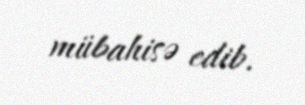
mübahisə edib.